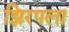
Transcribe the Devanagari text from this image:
झिरपला